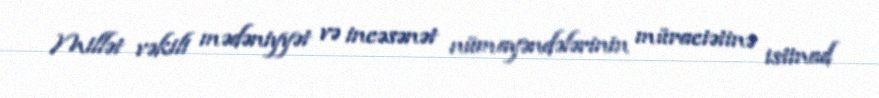
Millət vəkili mədəniyyət və incəsənət nümayəndələrinin müraciətinə istinad